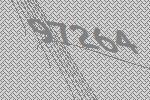
97264